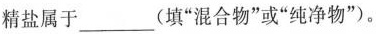
精盐属于___(填”混合物”或”纯净物”)。